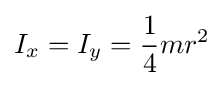
I_{x}=I_{y}={\frac {1}{4}}mr^{2}\,\!